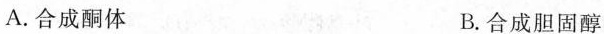
A.合成酮体 B.合成胆固醇